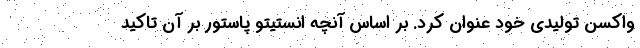
واکسن تولیدی خود عنوان کرد. بر اساس آنچه انستیتو پاستور بر آن تاکید